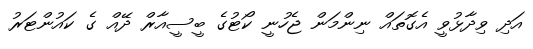
އަދި ވިދާޅުވީ އެގޮތައް ނިންމަން ޖެހުނީ ކޯޓުގެ ބީސީއާރް ދޭއް ގެ ކައުންޓަރު